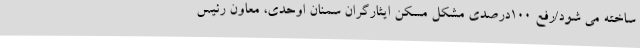
ساخته می شود/رفع 100درصدی مشکل مسکن ایثارگران سمنان اوحدی، معاون رئیس